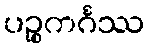
ပဉ္စကင်္ဂဿ